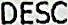
DESC